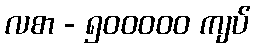
လစာ - ၅၀၀၀၀၀ ကျပ်